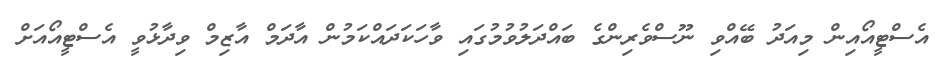
އެސްޓީއޯއިން މިއަދު ބޭއްވި ނޫސްވެރިންގެ ބައްދަލުވުމުގައި ވާހަކަދައްކަމުން އާދަމް އާޒިމް ވިދާޅުވީ އެސްޓީއޯއަށް